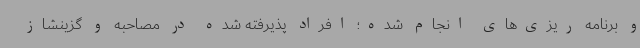
و برنامه ریزی‌های انجام شده؛ افراد پذیرفته شده در مصاحبه و گزینشاز